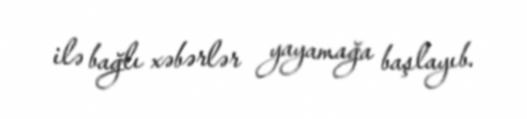
ilə bağlı xəbərlər yayamağa başlayıb.